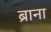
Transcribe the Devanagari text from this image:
ब्राना